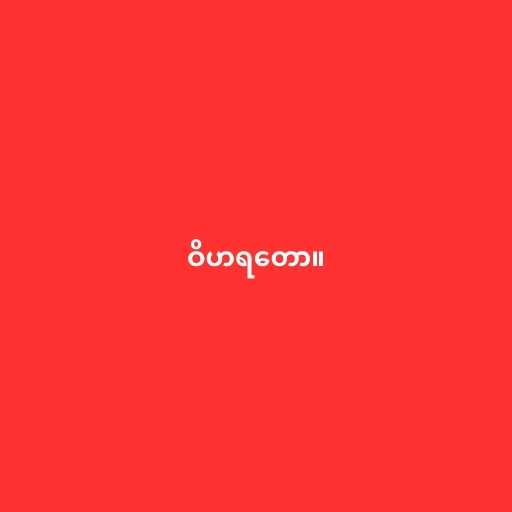
ဝိဟရတော။